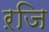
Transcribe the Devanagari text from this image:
ऱजि